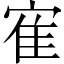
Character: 寉